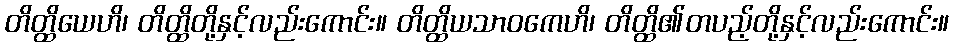
တိတ္ထိယေဟိ၊ တိတ္ထိတို့နှင့်လည်းကောင်း။ တိတ္ထိယသာဝကေဟိ၊ တိတ္ထိ၏တပည့်တို့နှင့်လည်းကောင်း။